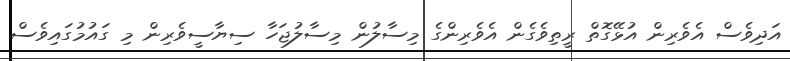
އަދިވެސް އެވެރިން އުޅޭގޮތް ރީތިވެގެން އެވެރިންގެ މިސާލުން މިސާލުޖަހާ ސިޔާސީވެރިން މި ގައުމުގައިވެސް